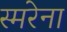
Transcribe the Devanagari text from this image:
स्मरेना